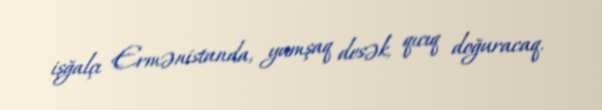
işğalçı Ermənistanda, yumşaq desək, qıcıq doğuracaq.